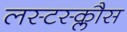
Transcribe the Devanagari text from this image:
लस्टस्क्लौस